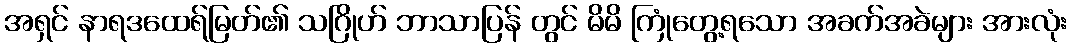
အရှင် နာရဒထေရ်မြတ်၏ သဂြိုဟ် ဘာသာပြန် တွင် မိမိ ကြုံတွေ့ရသော အခက်အခဲများ အားလုံး